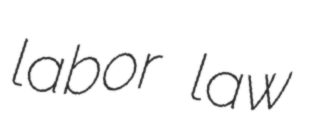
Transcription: labor law